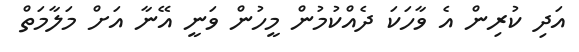
އަދި ކުރިން އެ ވާހަކަ ދެއްކުމުން މީހުން ވަނީ އޭނާ އަށް މަލާމަތް